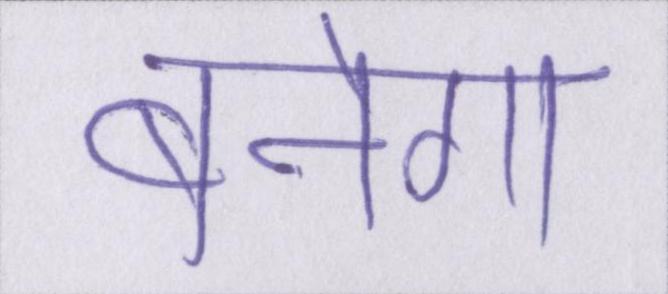
बनेगा